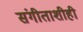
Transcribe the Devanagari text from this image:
संगीताशीही